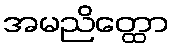
အမညိတ္ထော